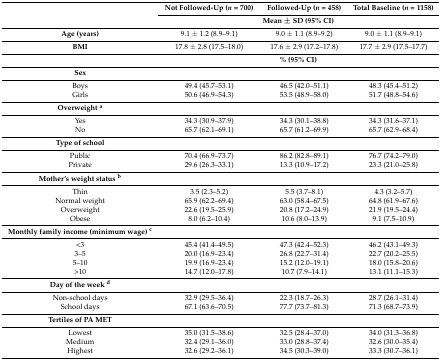
<table><thead><tr><td rowspan="2"></td><td><b>Not Followed-Up (<i>n</i> = 700)</b></td><td><b>Followed-Up (<i>n</i> = 458)</b></td><td><b>Total Baseline (<i>n</i> = 1158)</b></td></tr><tr><td colspan="3"><b>Mean ± SD (95% CI)</b></td></tr></thead><tbody><tr><td><b>Age (years)</b></td><td>9.1 ± 1.2 (8.9–9.1)</td><td>9.0 ± 1.1 (8.9–9.2)</td><td>9.0 ± 1.1 (8.9–9.1)</td></tr><tr><td><b>BMI</b></td><td>17.8 ± 2.8 (17.5–18.0)</td><td>17.6 ± 2.9 (17.2–17.8)</td><td>17.7 ± 2.9 (17.5–17.7)</td></tr><tr><td></td><td colspan="3"><b>% (95% CI)</b></td></tr><tr><td><b>Sex</b></td><td colspan="2"></td><td></td></tr><tr><td>Boys</td><td>49.4 (45.7–53.1)</td><td>46.5 (42.0–51.1)</td><td>48.3 (45.4–51.2)</td></tr><tr><td>Girls</td><td>50.6 (46.9–54.3)</td><td>53.5 (48.9–58.0)</td><td>51.7 (48.8–54.6)</td></tr><tr><td><b>Overweight <sup>a</sup></b></td><td></td><td></td><td></td></tr><tr><td>Yes</td><td>34.3 (30.9–37.9)</td><td>34.3 (30.1–38.8)</td><td>34.3 (31.6–37.1)</td></tr><tr><td>No</td><td>65.7 (62.1–69.1)</td><td>65.7 (61.2–69.9)</td><td>65.7 (62.9–68.4)</td></tr><tr><td><b>Type of school</b></td><td></td><td></td><td></td></tr><tr><td>Public</td><td>70.4 (66.9–73.7)</td><td>86.2 (82.8–89.1)</td><td>76.7 (74.2–79.0)</td></tr><tr><td>Private</td><td>29.6 (26.3–33.1)</td><td>13.3 (10.9–17.2)</td><td>23.3 (21.0–25.8)</td></tr><tr><td><b>Mother’s weight status <sup>b</sup></b></td><td></td><td></td><td></td></tr><tr><td>Thin</td><td>3.5 (2.3–5.2)</td><td>5.5 (3.7–8.1)</td><td>4.3 (3.2–5.7)</td></tr><tr><td>Normal weight</td><td>65.9 (62.2–69.4)</td><td>63.0 (58.4–67.5)</td><td>64.8 (61.9–67.6)</td></tr><tr><td>Overweight</td><td>22.6 (19.5–25.9)</td><td>20.8 (17.2–24.9)</td><td>21.9 (19.5–24.4)</td></tr><tr><td>Obese</td><td>8.0 (6.2–10.4)</td><td>10.6 (8.0–13.9)</td><td>9.1 (7.5–10.9)</td></tr><tr><td><b>Monthly family income (minimum wage) <sup>c</sup></b></td><td></td><td></td><td></td></tr><tr><td>&lt;3 </td><td>45.4 (41.4–49.5)</td><td>47.3 (42.4–52.3)</td><td>46.2 (43.1–49.3)</td></tr><tr><td>3–5 </td><td>20.0 (16.9–23.4)</td><td>26.8 (22.7–31.4)</td><td>22.7 (20.2–25.5)</td></tr><tr><td>5–10</td><td>19.9 (16.9–23.4)</td><td>15.2 (12.0–19.1)</td><td>18.0 (15.8–20.6)</td></tr><tr><td>&gt;10</td><td>14.7 (12.0–17.8)</td><td>10.7 (7.9–14.1)</td><td>13.1 (11.1–15.3)</td></tr><tr><td><b>Day of the week <sup>d</sup></b></td><td></td><td></td><td></td></tr><tr><td>Non-school days</td><td>32.9 (29.5–36.4)</td><td>22.3 (18.7–26.3)</td><td>28.7 (26.1–31.4)</td></tr><tr><td>School days</td><td>67.1 (63.6–70.5)</td><td>77.7 (73.7–81.3)</td><td>71.3 (68.7–73.9)</td></tr><tr><td><b>Tertiles of PA MET</b></td><td></td><td></td><td></td></tr><tr><td>Lowest</td><td>35.0 (31.5–38.6)</td><td>32.5 (28.4–37.0)</td><td>34.0 (31.3–36.8)</td></tr><tr><td>Medium</td><td>32.4 (29.1–36.0)</td><td>33.0 (28.8–37.4)</td><td>32.6 (30.0–35.4)</td></tr><tr><td>Highest</td><td>32.6 (29.2–36.1)</td><td>34.5 (30.3–39.0)</td><td>33.3 (30.7–36.1)</td></tr></tbody></table>